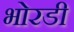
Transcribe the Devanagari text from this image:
भोरडी